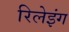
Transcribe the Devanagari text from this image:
रिलेइंग